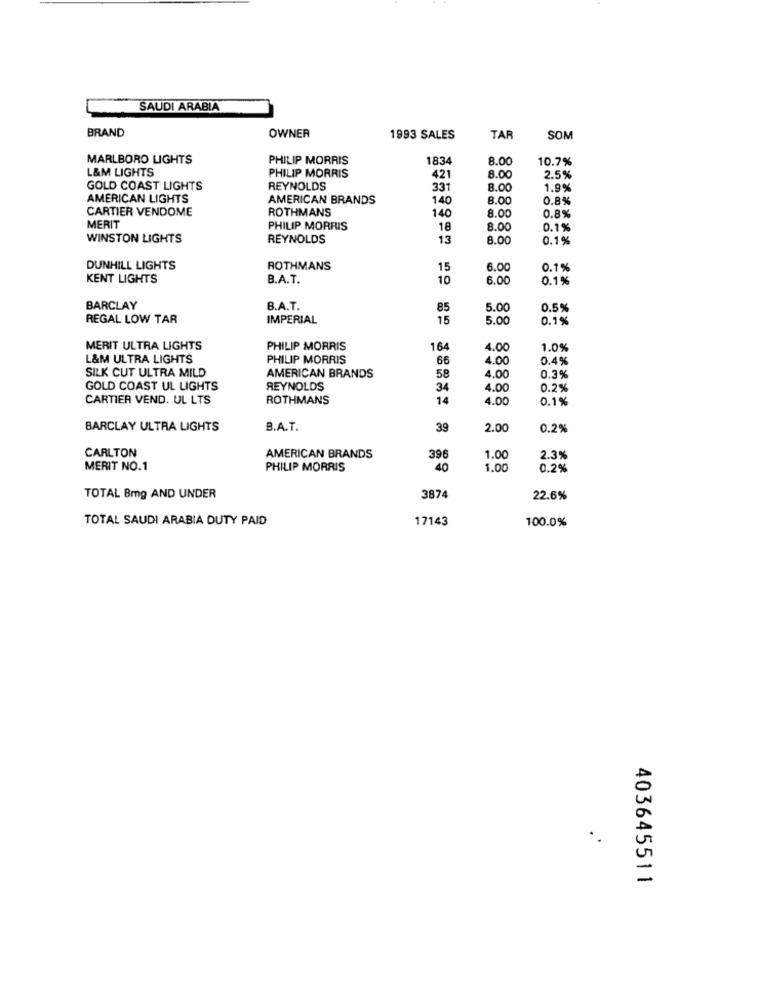
SAUDI ARABIA
BRAND
OWNER
1993 SALES
TAF
SOM
MARLBORO LIGHTS
PHILIP MORRIS
1834
8.00
10.7%
L&M LIGHTS
PHILIP MORRIS
421
8.00
2.5%
GOLD COAST LIGHTS
REYNOLDS
331
8.00
1.9%
AMERICAN LIGHTS
AMERICAN BRANDS
140
8.00
0.8%
CARTIER VENDOME
ROTHMANS
8.00
140
0.8%
MERIT
PHILIP MORRIS
18
8.00
0.1%
WINSTON LIGHTS
REYNOLDS
13
8.00
0.1%
DUNHILL LIGHTS
ROTHMANS
15
6.00
0.1%
KENT LIGHTS
B.A.T.
10
6.00
0.1%
BARCLAY
B.A.T.
85
5.00
0.5%
REGAL LOW TAR
IMPERIAL
15
5.00
0.1%
MERIT ULTRA LIGHTS
PHILIP MORRIS
164
1.00
1.0%
L&M ULTRA LIGHTS
PHILIP MORRIS
66
4.00
0.4%
SILK CUT ULTRA MILD
AMERICAN BRANDS
58
4.00
0.3%
GOLD COAST UL LIGHTS
REYNOLDS
34
4.00
0.2%
CARTIER VEND. UL LTS
ROTHMANS
14
4.00
0.1%
BARCLAY ULTRA LIGHTS
B.A.T.
39
2.00
0.2%
CARLTON
AMERICAN BRANDS
396
1.00
2.3%
MERIT NO.1
PHILIP MORRIS
40
1.00
0.2%
TOTAL 8mg AND UNDER
3874
22.6%
TOTAL SAUDI ARABIA DUTY PAID
17143
100.0%
403645511